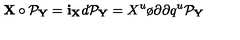
{ \bf X } \circ { \cal P } _ { \bf Y } = { \bf i } _ { \bf X } d { \cal P } _ { \bf Y } = X ^ { u } { \o { \partial } { \partial q ^ { u } } } { \cal P } _ { \bf Y } \,